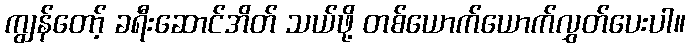
ကျွန်တော့် ခရီးဆောင်အိတ် သယ်ဖို့ တစ်ယောက်ယောက်လွှတ်ပေးပါ။